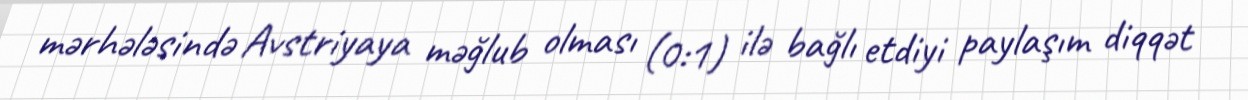
mərhələsində Avstriyaya məğlub olması (0:1) ilə bağlı etdiyi paylaşım diqqət